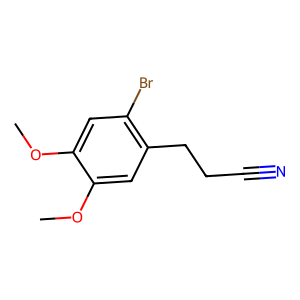
SMILES: COc1cc(Br)c(CCC#N)cc1OC
Inhibits HIV replication: No